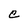
Character: C